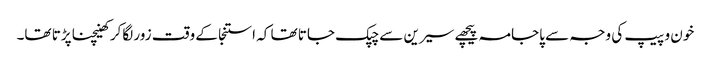
خون و پیپ کی وجہ سے پاجامہ پیچھے سیرین سے چپک جاتا تھا کہ استنجا کے وقت زور لگاکر کھینچنا پڑتا تھا۔